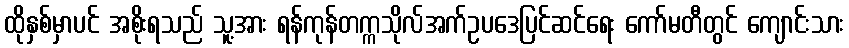
ထိုနှစ်မှာပင် အစိုးရသည် သူ့အား ရန်ကုန်တက္ကသိုလ်အက်ဥပဒေပြင်ဆင်ရေး ကော်မတီတွင် ကျောင်းသား